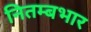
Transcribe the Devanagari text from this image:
नितम्बभार